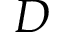
D